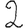
Digit: 2